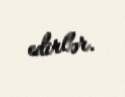
edirlər.